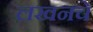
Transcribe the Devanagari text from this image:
लखनचे